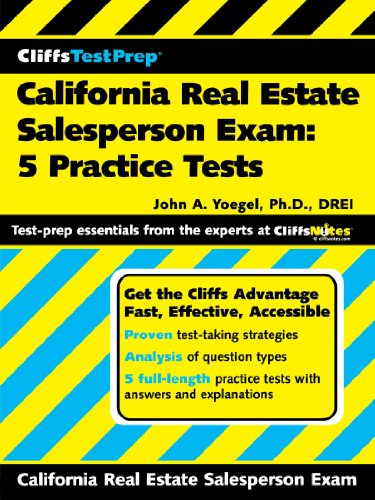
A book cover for CliffsTestPrep California Real Estate Salesperson Exam: 5 Practice Tests; John A Yoegel; Business & Money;